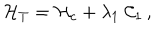
LaTeX: { \cal H } _ { T } = { \cal H } _ { c } + \lambda _ { 1 } \; { \cal C } _ { 1 } \, ,